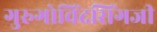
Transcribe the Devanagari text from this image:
गुरुगोविंदसिंगजी